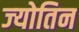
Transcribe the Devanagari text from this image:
ज्‍योतिन